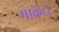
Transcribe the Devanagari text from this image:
माकेंटर